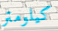
كيلومتر